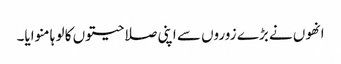
انھوں نے بڑے زوروں سے اپنی صلاحیتوں کا لو ہا منوایا۔